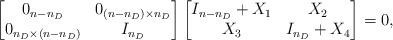
LaTeX: \begin{align*}\begin{bmatrix}0_{n-n_D}&0_{(n-n_D) \times n_D}\\0_{n_D\times (n-n_D) }&I_{n_D}\end{bmatrix}\begin{bmatrix}I_{n-n_D}+X_1 &X_2 \\ X_3 & I_{n_D}+X_4\end{bmatrix}=0,\end{align*}